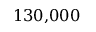
1 3 0 { , } 0 0 0